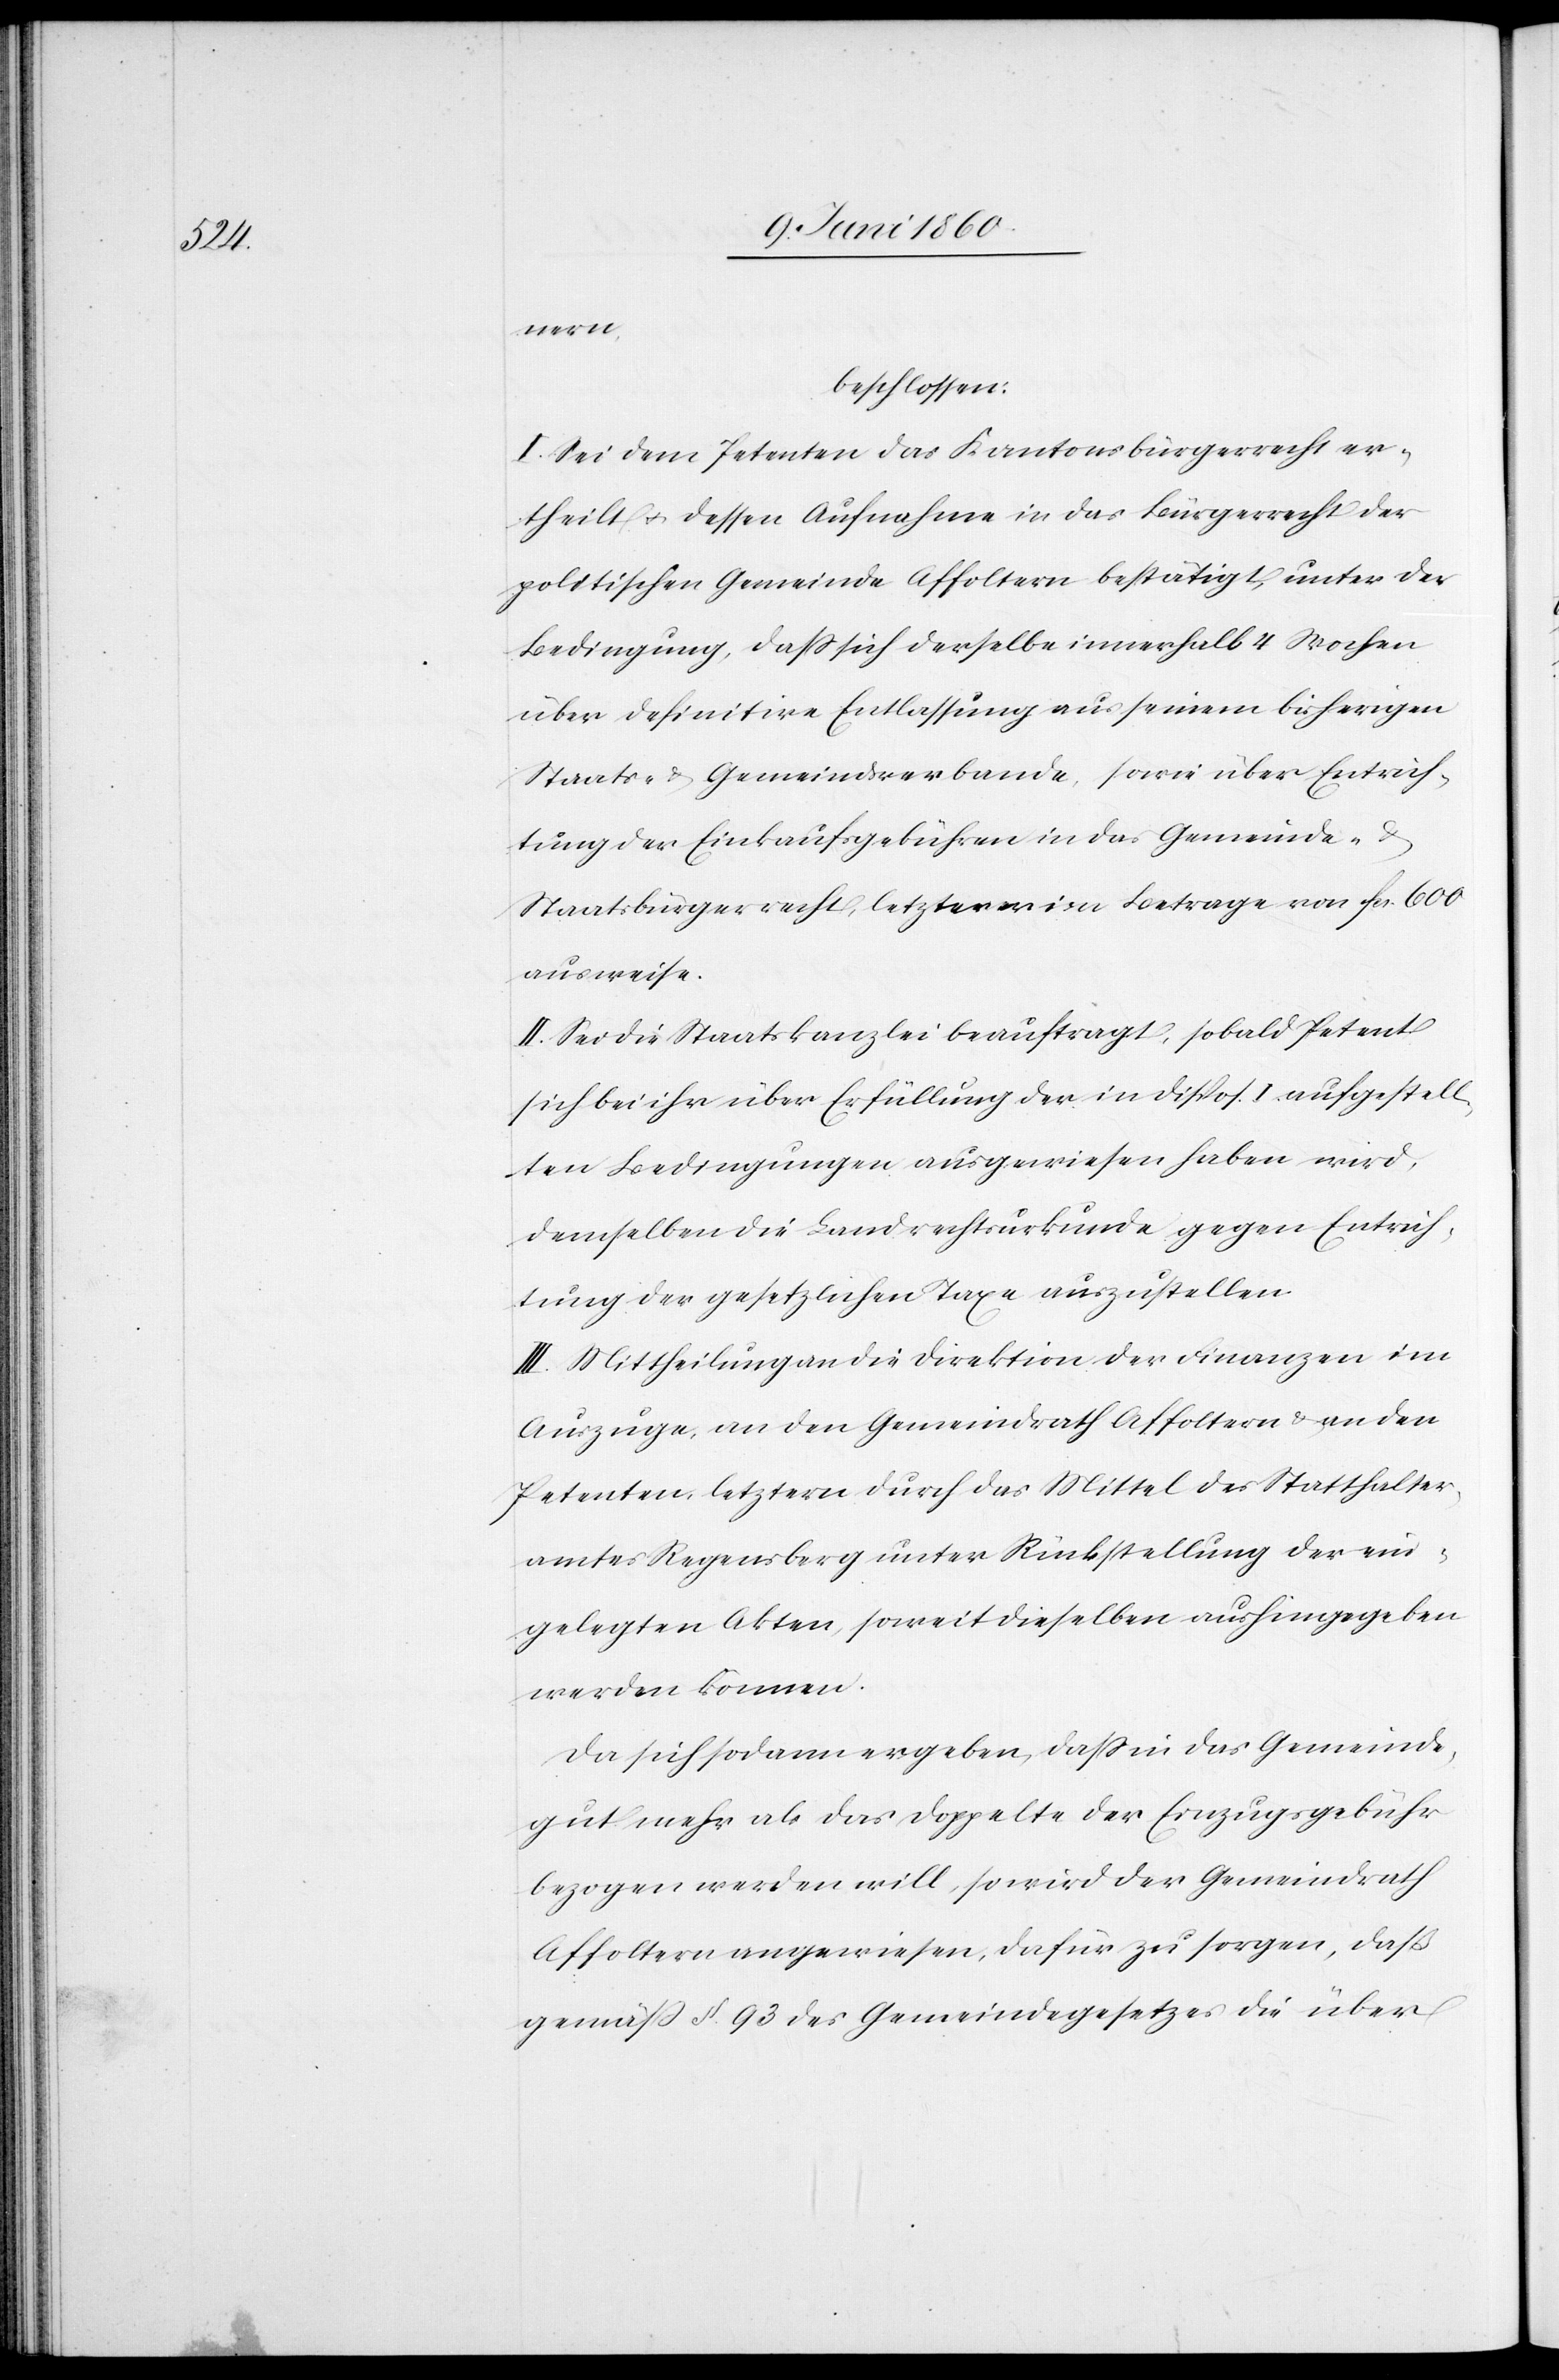
nern,
beschlossen:
I. Sei dem Petenten das Kantonsbürgerrecht er¬
theilt u. dessen Aufnahme in das Bürgerrecht der
politischen Gemeinde Affoltern bestätigt, unter der
Bedingung, dass sich derselbe innerhalb 4 Wochen
über definitive Entlassung aus seinem bisherigen
Staats- u. Gemeindsverbande, sowie über Entrich¬
tung der Einkaufsgebühren in das Gemeinde- u.
Staatsbürgerrecht, letzterer im Betrage von fcs. 600
ausweise.
II. Sei die Staatskanzlei beauftragt, sobald Petent
sich bei ihr über Erfüllung der in Dispos. I. aufgestell¬
ten Bedingungen ausgewiesen haben wird,
demselben die Landrechtsurkunde gegen Entrich¬
tung der gesetzlichen Taxe auszustellen.
III. Mittheilung an die Direktion der Finanzen im
Auszuge, an den Gemeindrath Affoltern u. an den
Petenten, letztern durch das Mittel des Statthalter¬
amtes Regensberg unter Rückstellung der ein¬
gelegten Akten, soweit dieselben aushingegeben
werden können.
Da sich sodann ergeben, dass in das Gemeinde¬
gut mehr als das Doppelte der Einzugsgebühr
bezogen werden will, so wird der Gemeindrath
Affoltern angewiesen, dafür zu sorgen, daß
gemäss §. 93 des Gemeindegesetzes die über